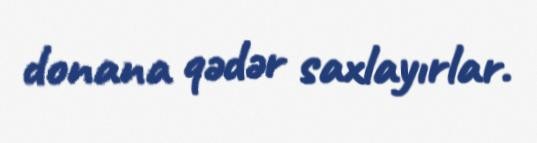
donana qədər saxlayırlar.